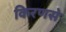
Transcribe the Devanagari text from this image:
किरणसे